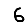
Digit: 6